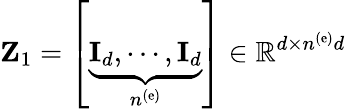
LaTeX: {\mathbf Z}_{1}=\left[\underbrace{{\mathbf I}_{d},\cdots,{\mathbf I}_{d}}_{n^{\left(\mathrm{e}\right)}}\right]\in\mathbb{R}^{d\times n^{\left(\mathrm{e}\right)}d}